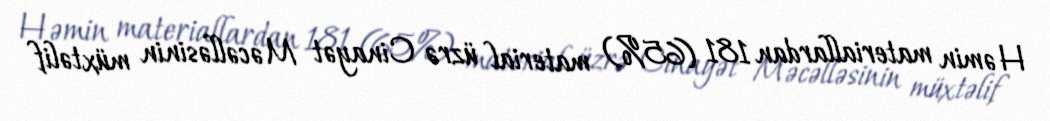
Həmin materiallardan 181 (65%) material üzrə Cinayət Məcəlləsinin müxtəlif